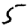
Digit: 5